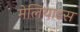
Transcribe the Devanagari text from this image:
मेलियाडस